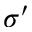
\sigma ^ { \prime }